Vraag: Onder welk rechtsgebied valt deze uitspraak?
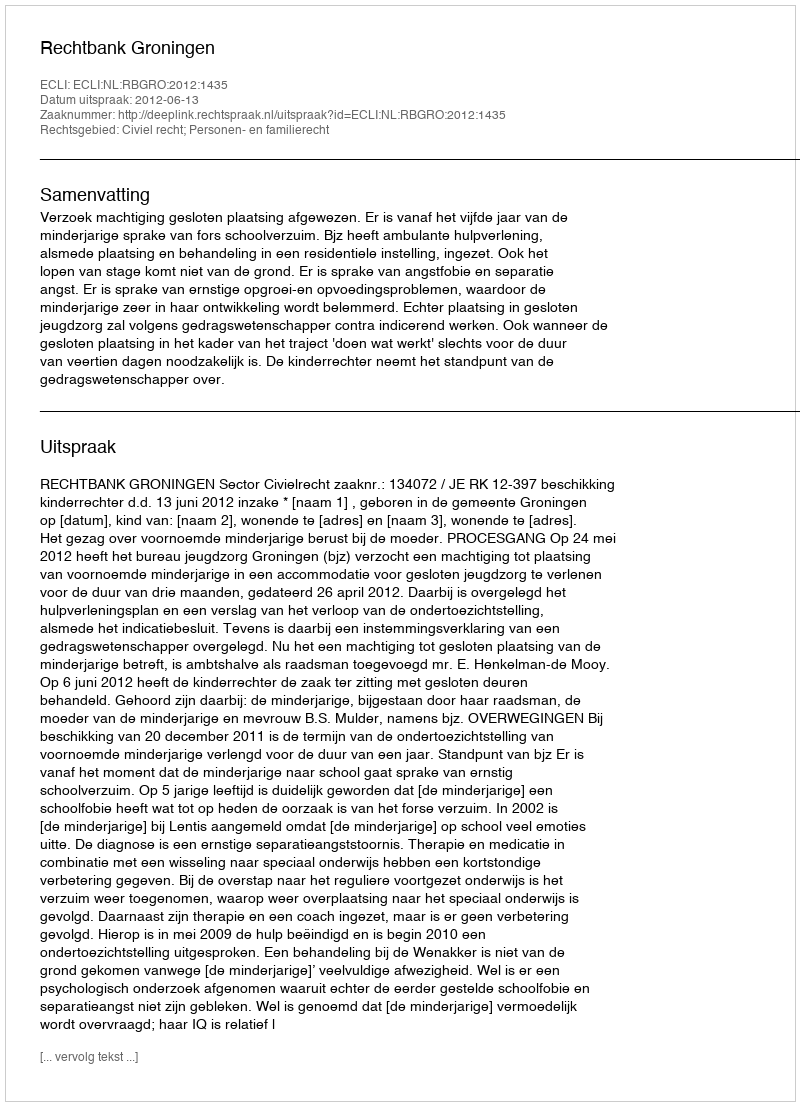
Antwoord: Civiel recht; Personen- en familierecht